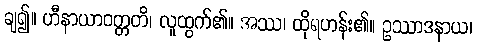
ချ၍။ ဟီနာယာဝတ္တတိ၊ လူထွက်၏။ အဿ၊ ထိုရဟန်း၏။ ဥဿာဒနာယ၊